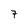
Character: 7